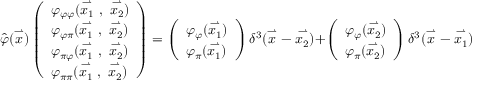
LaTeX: \hat { \varphi } ( \stackrel { \rightharpoonup } { x } ) \left( \begin{array} { l } { { \varphi _ { \varphi \varphi } ( \stackrel { \rightharpoonup } { x _ { 1 } } \ , \ \stackrel { \rightharpoonup } { x _ { 2 } } ) } } \\ { { \varphi _ { \varphi \pi } ( \stackrel { \rightharpoonup } { x _ { 1 } } \ , \ \stackrel { \rightharpoonup } { x _ { 2 } } ) } } \\ { { \varphi _ { \pi \varphi } ( \stackrel { \rightharpoonup } { x _ { 1 } } \ , \ \stackrel { \rightharpoonup } { x _ { 2 } } ) } } \\ { { \varphi _ { \pi \pi } ( \stackrel { \rightharpoonup } { x _ { 1 } } \ , \ \stackrel { \rightharpoonup } { x _ { 2 } } ) } } \end{array} \right) = \left( \begin{array} { l } { { \varphi _ { \varphi } ( \stackrel { \rightharpoonup } { x _ { 1 } } ) } } \\ { { \varphi _ { \pi } ( \stackrel { \rightharpoonup } { x _ { 1 } } ) } } \end{array} \right) \delta ^ { 3 } ( \stackrel { \rightharpoonup } { x } - \stackrel { \rightharpoonup } { x _ { 2 } } ) + \left( \begin{array} { l } { { \varphi _ { \varphi } ( \stackrel { \rightharpoonup } { x _ { 2 } } ) } } \\ { { \varphi _ { \pi } ( \stackrel { \rightharpoonup } { x _ { 2 } } ) } } \end{array} \right) \delta ^ { 3 } ( \stackrel { \rightharpoonup } { x } - \stackrel { \rightharpoonup } { x _ { 1 } } ) \ \ \ .